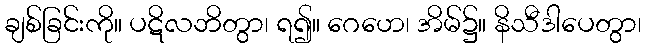
ချစ်ခြင်းကို။ ပဋိလဘိတွာ၊ ရ၍။ ဂေဟေ၊ အိမ်၌။ နိသီဒါပေတွာ၊